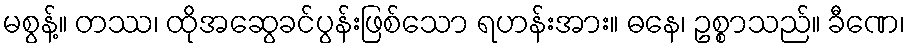
မစွန့်။ တဿ၊ ထိုအဆွေခင်ပွန်းဖြစ်သော ရဟန်းအား။ ဓနေ၊ ဥစ္စာသည်။ ခီဏေ၊